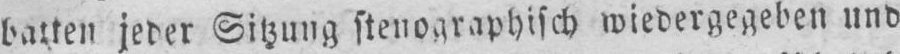
batten jeder Sitzung stenographisch wiedergegeben und